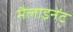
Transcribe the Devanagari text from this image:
मैलाइनेंट